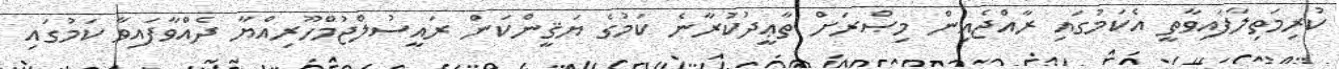
ކުރިމަތިލާފައިވާތީ އެކަމުގައި ރާއްޖެއިން މިޞްރަށް ތާޢީދުކުރާނެ ކަމުގެ ޔަޤީންކަން ރައީސުލްޖުމްހޫރިއްޔާ ދެއްވާފައިވާ ކަމުގައި